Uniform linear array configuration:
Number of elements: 64
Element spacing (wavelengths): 0.75
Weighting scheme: kaiser
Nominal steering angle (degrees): -30
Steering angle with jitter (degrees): -28.911
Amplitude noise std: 0.05
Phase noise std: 0.05

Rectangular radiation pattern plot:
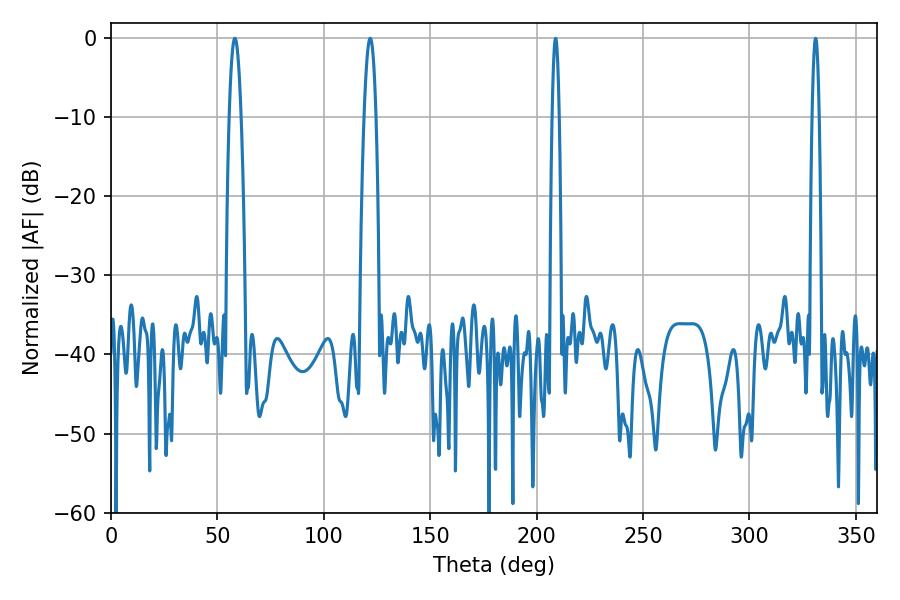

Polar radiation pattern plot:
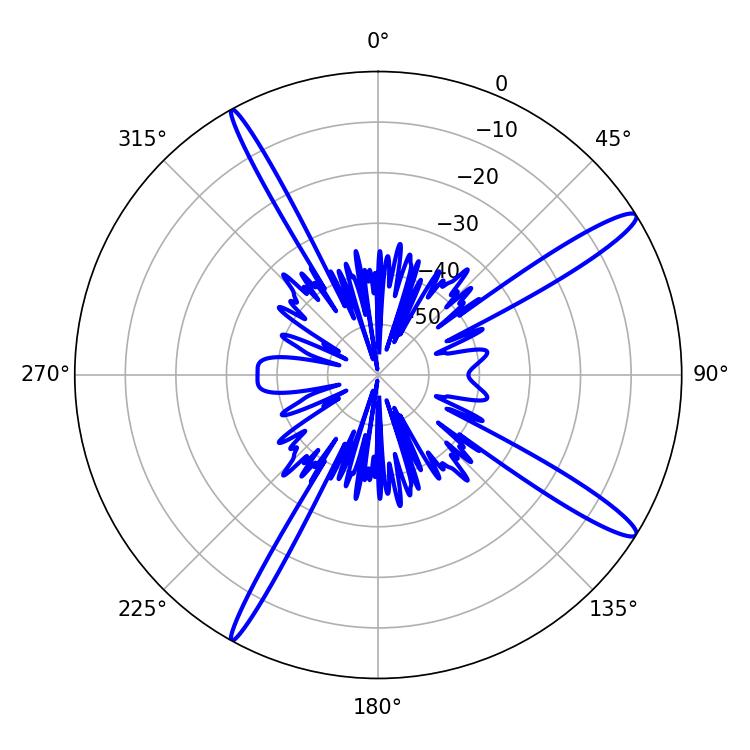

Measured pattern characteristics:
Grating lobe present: TRUE
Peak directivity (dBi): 14.838
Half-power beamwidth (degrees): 3.06
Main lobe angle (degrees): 58.14